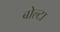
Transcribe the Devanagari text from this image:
बोल्टा